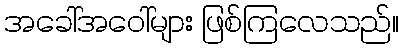
အခေါ်အဝေါ်များ ဖြစ်ကြလေသည်။